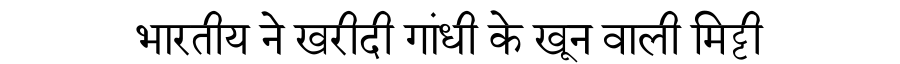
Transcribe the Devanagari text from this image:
भारतीय ने खरीदी गांधी के खून वाली मिट्टी